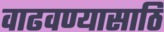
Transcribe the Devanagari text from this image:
वाढवण्यासाठि